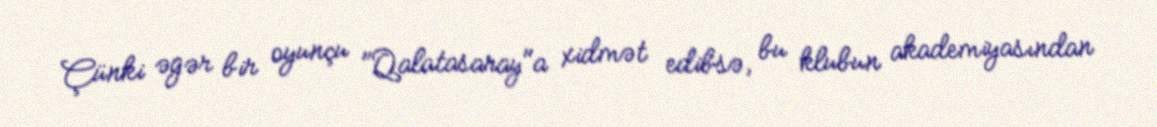
Çünki əgər bir oyunçu "Qalatasaray"a xidmət edibsə, bu klubun akademiyasından